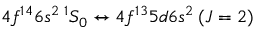
4 f ^ { 1 4 } 6 s ^ { 2 } \: ^ { 1 } S _ { 0 } \leftrightarrow 4 f ^ { 1 3 } 5 d 6 s ^ { 2 } \: ( J = 2 )